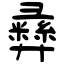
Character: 彞